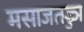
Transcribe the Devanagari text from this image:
मसाजतज्ज्ञ